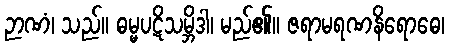
ဉာဏံ၊ သည်။ ဓမ္မပဋိသမ္ဘိဒါ၊ မည်၏။ ဇရာမရဏနိရောဓေ၊